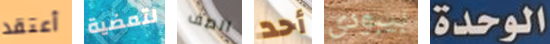
أعتقد لتمضية الصف أحد بيبودي الوحدة